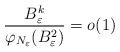
LaTeX: \begin{align*}\frac{B_\varepsilon^k}{\varphi_{{N}_\varepsilon}(B_\varepsilon^2)}=o(1)\end{align*}